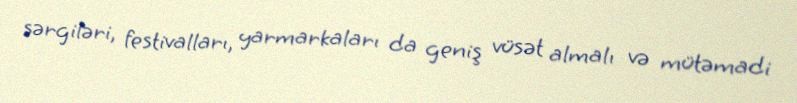
sərgiləri, festivalları, yarmarkaları da geniş vüsət almalı və mütəmadi